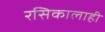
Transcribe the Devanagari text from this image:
रसिकालाही